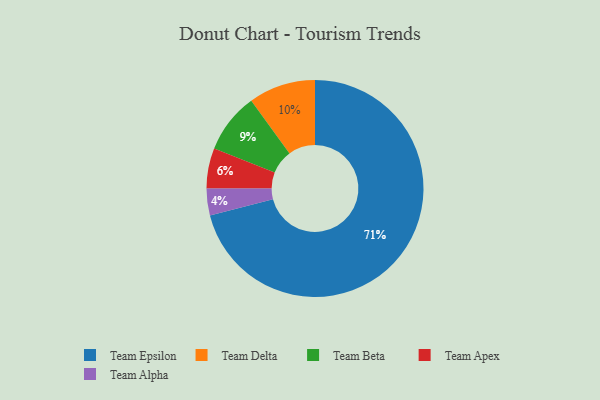
{"axis": {"x": "Category", "y": "Percentage"}, "legend": ["Team Alpha", "Team Apex", "Team Beta", "Team Delta", "Team Epsilon"], "data": [{"x": "Team Alpha", "y": 4, "type": "Team Alpha"}, {"x": "Team Apex", "y": 6, "type": "Team Apex"}, {"x": "Team Delta", "y": 10, "type": "Team Delta"}, {"x": "Team Beta", "y": 9, "type": "Team Beta"}, {"x": "Team Epsilon", "y": 71, "type": "Team Epsilon"}]}